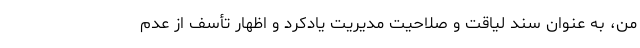
من، به عنوان سند لیاقت و صلاحیت مدیریت یادکرد و اظهار تأسف از عدم